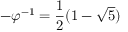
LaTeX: - \varphi ^ { - 1 } = { \frac { 1 } { 2 } } ( 1 - { \sqrt { 5 } } )